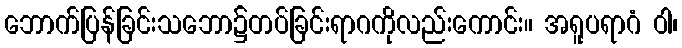
ဘောက်ပြန်ခြင်းသဘော၌တပ်ခြင်းရာဂကိုလည်းကောင်း။ အရူပရာဂံ ဝါ၊